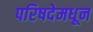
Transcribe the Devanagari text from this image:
परिषदेमधून